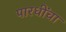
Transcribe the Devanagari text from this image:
पारधींचा